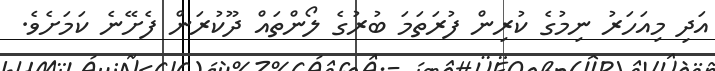
އަދި މިއަހަރު ނިމުގެ ކުރިން ފުރަތަމަ ބުރުގެ ލޯންތައް ދޫކުރަން ފެށޭނެ ކަމަށެވެ.